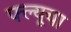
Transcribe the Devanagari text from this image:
फ्ल्यूचा